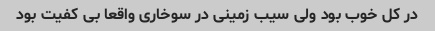
در کل خوب بود ولی سیب زمینی در سوخاری واقعا بی کفیت بود